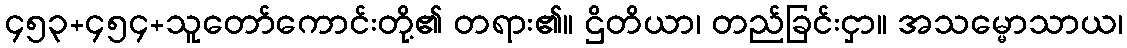
၄၅၃+၄၅၄+သူတော်ကောင်းတို့၏ တရား၏။ ဌိတိယာ၊ တည်ခြင်းငှာ။ အသမ္မောသာယ၊